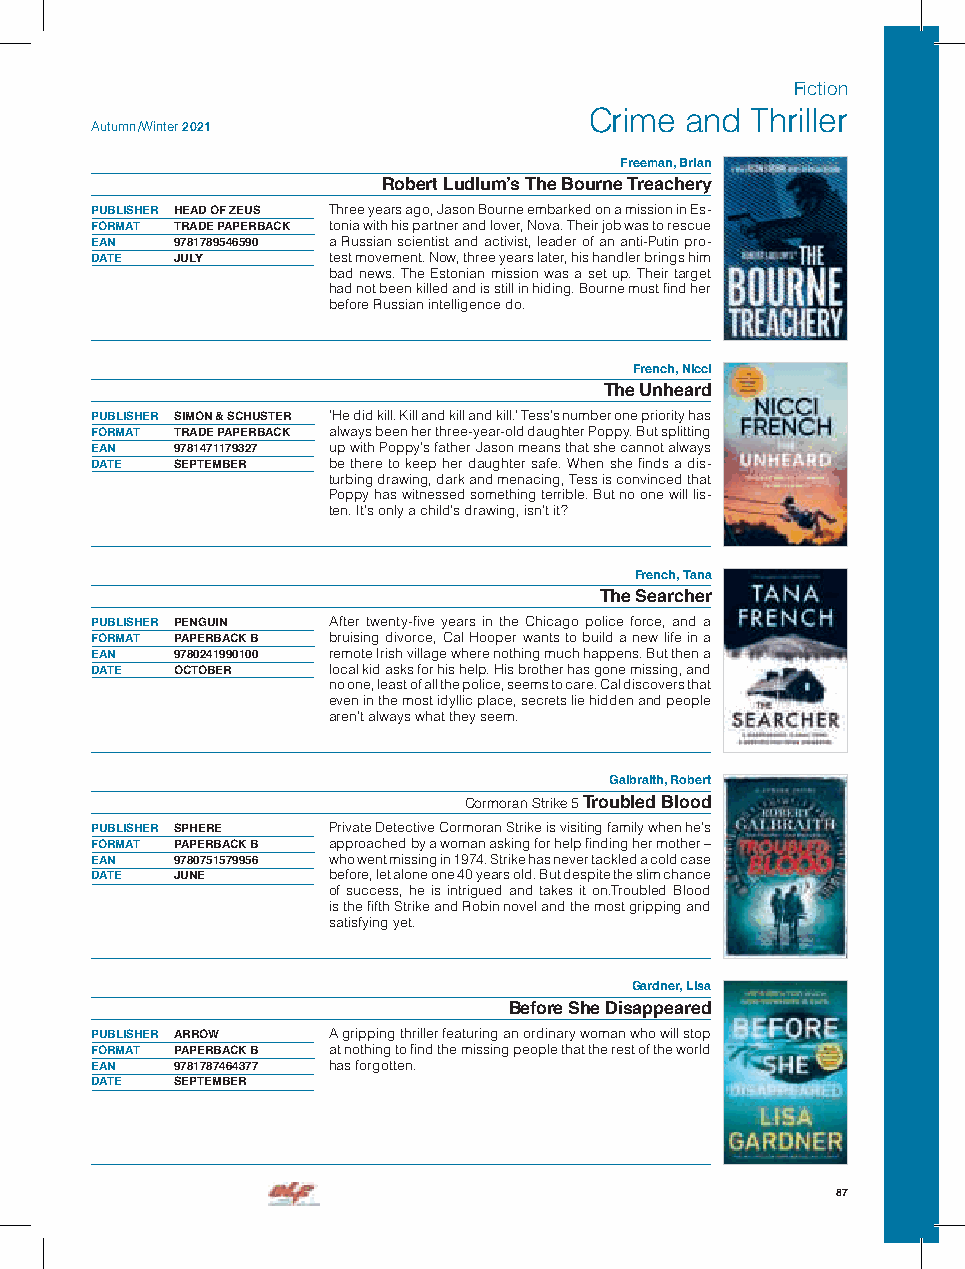
Fiction
 Crime and  Thriller
 Autumn /Winter 2021
 Freeman, Brian
 Robert Ludlum’s The Bourne Treachery
 PUBLISHER HEAD OF ZEUS Three years ago, Jason Bourne embarked on a mission in Es-
 FORMAT TRADE PAPERBACK tonia with his partner and lover, Nova. Their job was to rescue
 EAN  9781789546590 a Russian scientist and activist, leader of an anti-Putin pro-
 DATE JULY       test movement. Now, three years later, his handler brings him
 bad news. The Estonian mission was a set up. Their target
 had not been killed and is still in hiding. Bourne must find her
 before Russian intelligence do.
 French, Nicci
 The Unheard
 PUBLISHER SIMON & SCHUSTER ’He did kill. Kill and kill and kill.’ Tess’s number one priority has
 FORMAT TRADE PAPERBACK always been her three-year-old daughter Poppy. But splitting
 EAN  9781471179327 up with Poppy’s father Jason means that she cannot always
 DATE SEPTEMBER  be there to keep her daughter safe. When she finds a dis-
 turbing drawing, dark and menacing, Tess is convinced that
 Poppy has witnessed something terrible. But no one will lis-
 ten. It’s only a child’s drawing, isn’t it?
 French, Tana
 The Searcher
 PUBLISHER PENGUIN After twenty-five years in the Chicago police force, and a
 FORMAT PAPERBACK B bruising divorce, Cal Hooper wants to build a new life in a
 EAN  9780241990100 remote Irish village where nothing much happens. But then a
 DATE OCTOBER    local kid asks for his help. His brother has gone missing, and
 no one, least of all the police, seems to care. Cal discovers that
 even in the most idyllic place, secrets lie hidden and people
 aren’t always what they seem.
 Galbraith, Robert
 Cormoran Strike 5 Troubled Blood
 PUBLISHER SPHERE Private Detective Cormoran Strike is visiting family when he’s
 FORMAT PAPERBACK B approached by a woman asking for help finding her mother –
 EAN  9780751579956 who went missing in 1974. Strike has never tackled a cold case
 DATE JUNE       before, let alone one 40 years old. But despite the slim chance
 of success, he is intrigued and takes it on.Troubled Blood
 is the fifth Strike and Robin novel and the most gripping and
 satisfying yet.
 Gardner, Lisa
 Before She Disappeared
 PUBLISHER ARROW A gripping thriller featuring an ordinary woman who will stop
 FORMAT PAPERBACK B at nothing to find the missing people that the rest of the world
 EAN  9781787464377 has forgotten.
 DATE SEPTEMBER
 87